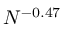
N ^ { - 0 . 4 7 }